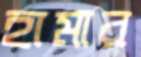
হামার